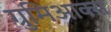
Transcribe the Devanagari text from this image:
ग्रुमिआक्स